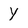
Character: y